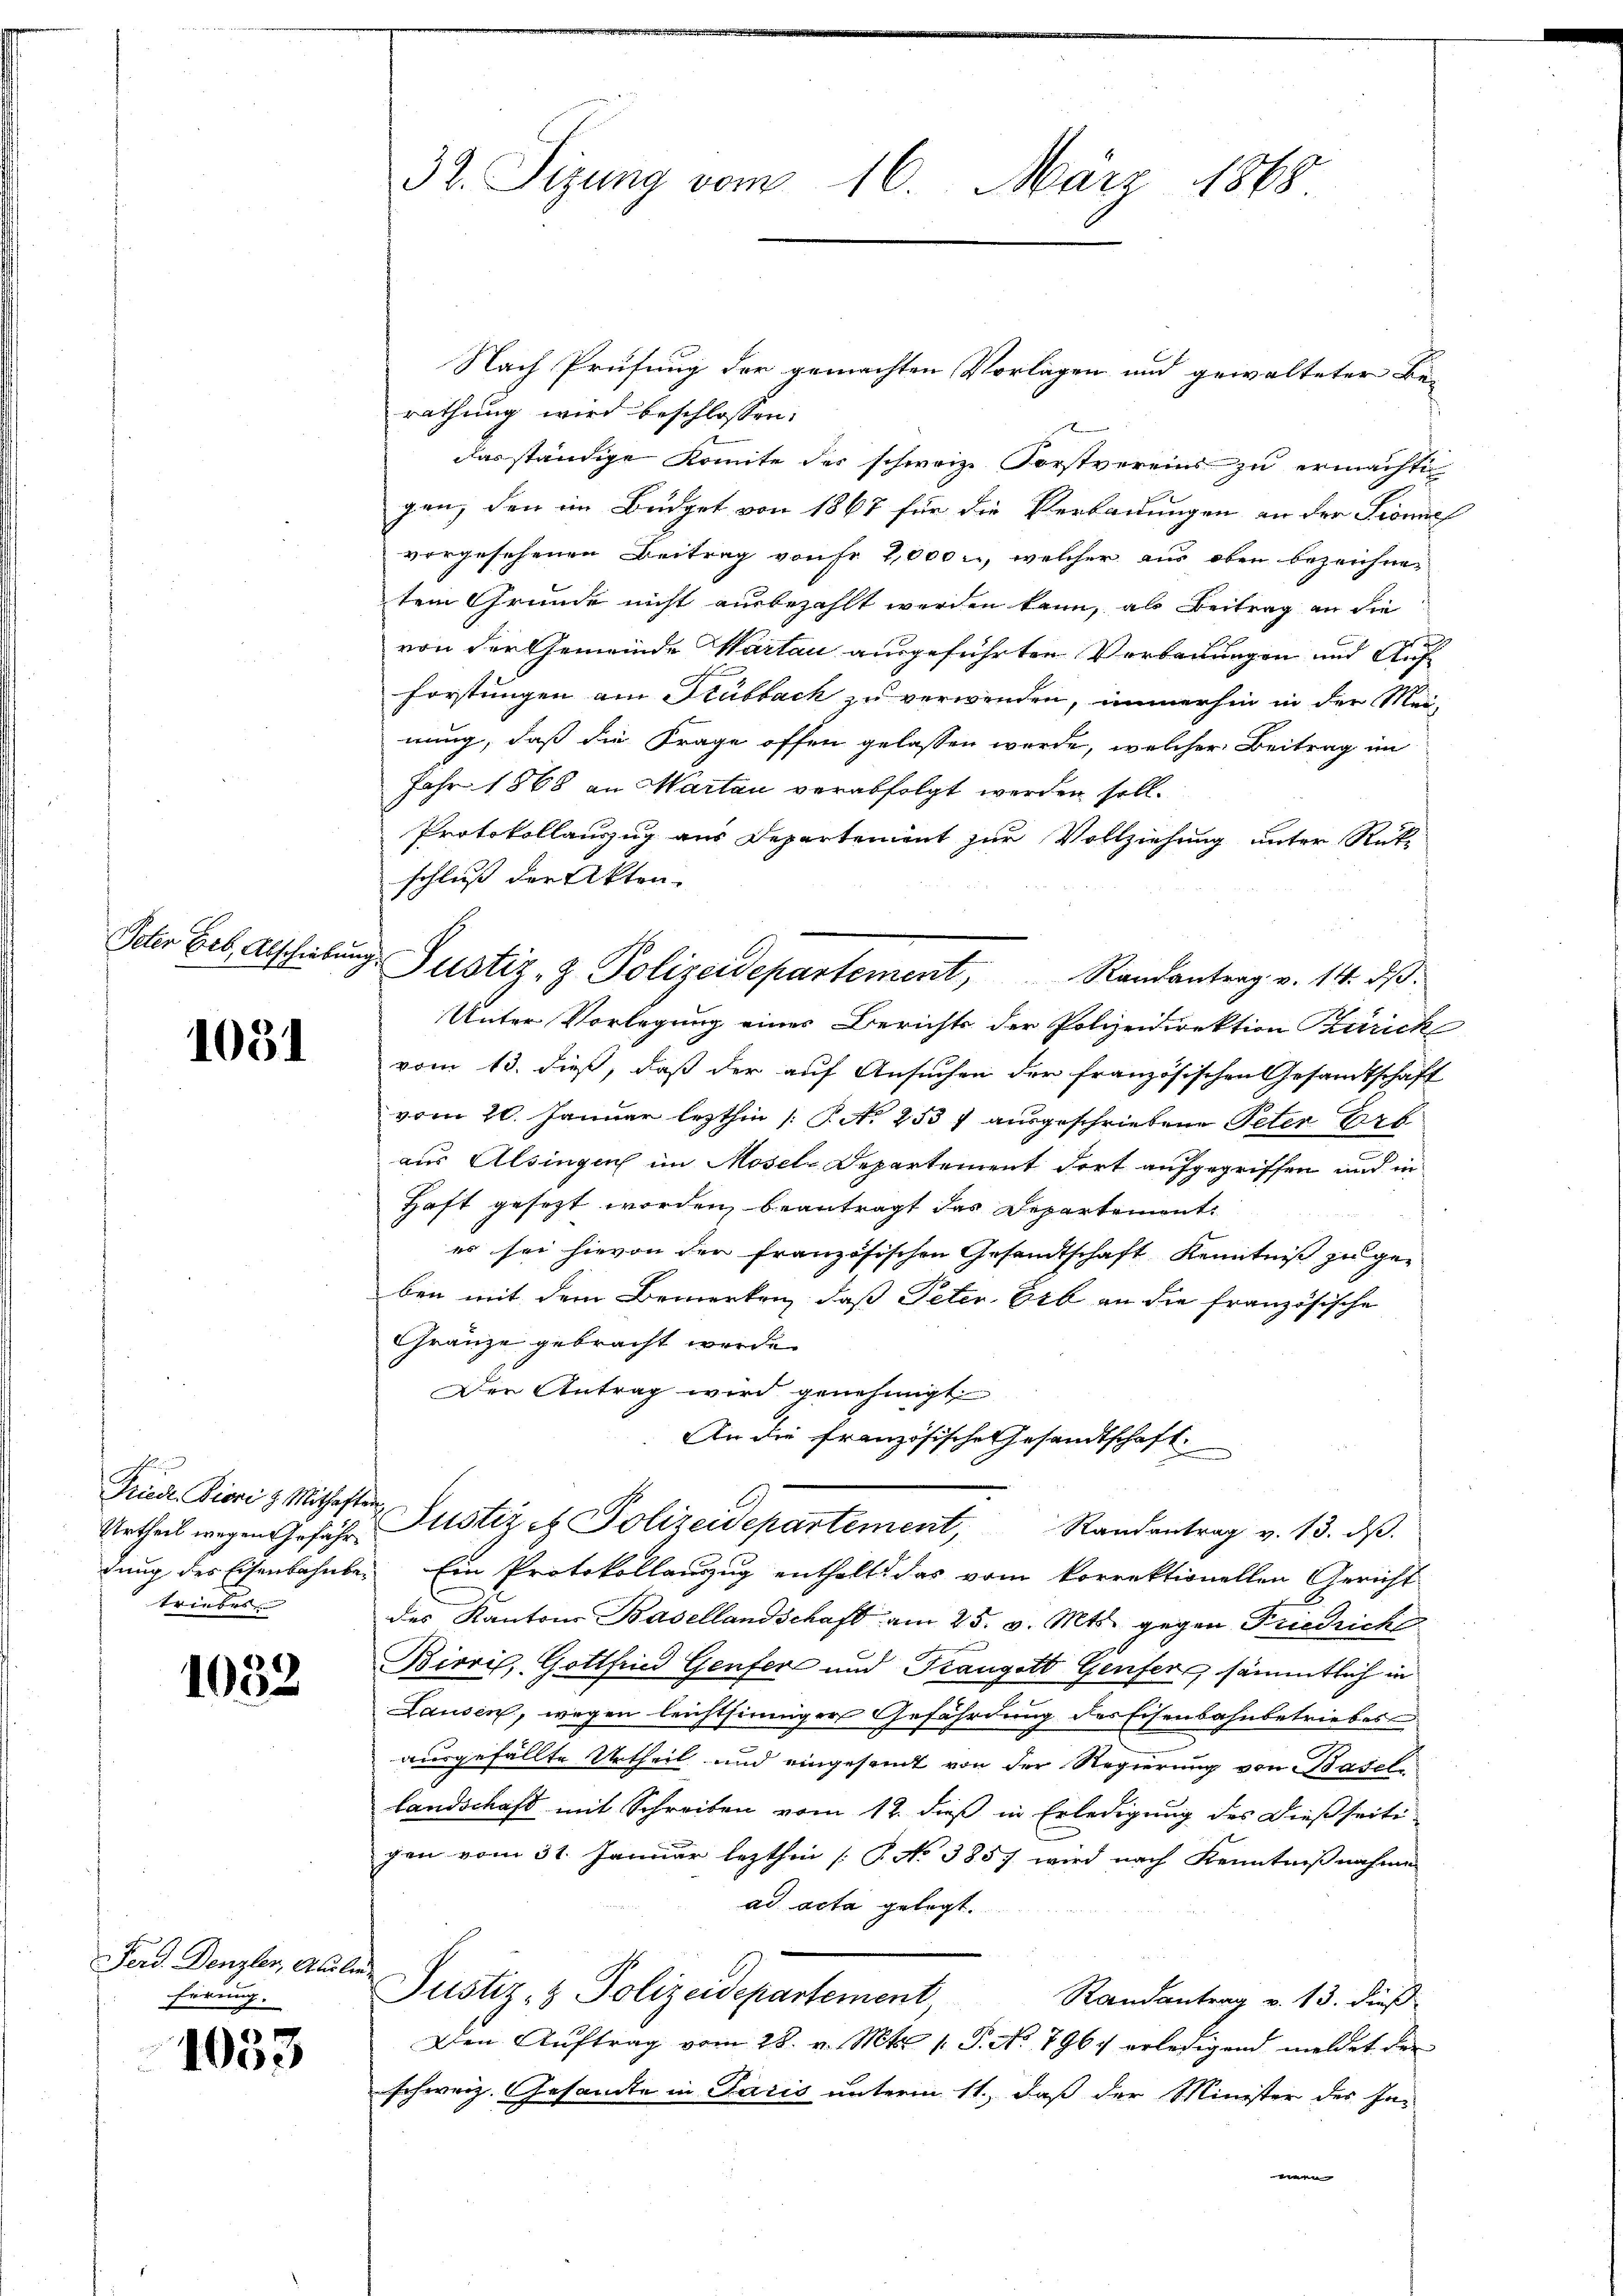
Veter Erb, Abschiebung

1051

Friede Fiori z. Mithaften
triebes

1032

Ferd. Denzler, Alle
ferung.

1033

Nach Prüfung der gemachten Vorlagen und gewalteter Be-
rathung wird beschlossen:
das ständige Komite des schweiz. Forstvereins zu ermachte
gen, den im Büdget von 1867 für die Verbauungen an der Pionie
vorgesehenen Beitrag von Fr. 2,000., welcher aus oben bezeichnen
tem Grunde nicht ausbezahlt werden kann, als Beitrag an die
von der Gemeinde Wartau ausgeführten Verbauungen und Auf¬
Forstungen am Stubbach zu verwenden, immerhin in der Mei-
nung, daß die Frage offen gelassen werde, welcher Beitrag im
Jahr 1868 an Martau verabfolgt werden soll.
Protokollauszug aus Departement zur Vollziehung unter Rück-
schluß der Akten.
Unter Vorlegung einer Berichts der Polizeidirektion Zürich
vom 13. dieß, daß der auf Ansuchen der französischen Gesamtschaft
vom 20. Januar lezthin /: M. A. 2537 ausgeschriebene Peter Erb
aus Alsingen im Mosels Departement dort aufgegriffen und in
Haft gesezt worden beantragt das Departement
es sei hievon der französischen Gesandtschaft Kenntniß zu geben mit dem Bemerken, daß Peter, Erb an die französische
Gränze gebracht werde.
Der Antrag wird genehmigt.
An die französische Gesandtschaft
Urtheil wegen Gefähr Justiz & Polizeidepartement, Randantrag v. 13. dβ.
dung des Eisenbahnbe. Ein Protokollanzug enthalts das vom korrektionellen Gericht
des Kantone Basellandschaft am 25. v. Mts. gegen Friedriche
Birris, Gottfried Genfer und Krangott Genfer sämmtlich in
Lausen, wegen leichtsinniger Gefährdung des Eisenbahnbetriebes
ausgefällte Urtheil und eingesamt von der Regierung von Basel-
landschaft mit Schreiben vom 12. dieß in Erledigung des dießseiti-
gen vom 31. Januar lezthin [P. No 3857 wird nach Kenntnißnahme
ad acta gelegt.
Justiz- & Polizeidepartement,
Randantrag v. 13. dieß
Den Aŭftrag vom 28. v. Mts. 1. P. No 7967 erledigend meldet der
schweiz. Gesandte in Paris unterm 11., daß der Minister der In-
een

32. Sizung vom 16. März 1868.

Justiz- & Polizeidepartement, Randantrag v. 14. dβ.